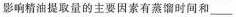
影响精油提取量的主要因素有蒸馏时间和___